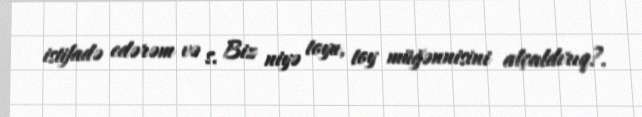
istifadə edərəm və s. Biz niyə toyu, toy müğənnisini alçaldırıq?.